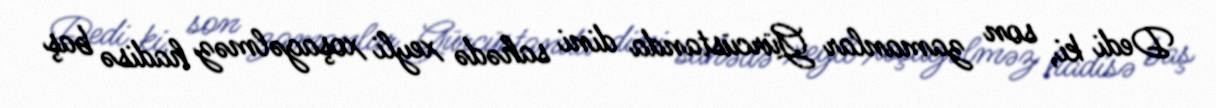
Dedi ki, son zamanlar Gürcüstanda dini sahədə xeyli xoşagəlməz hadisə baş